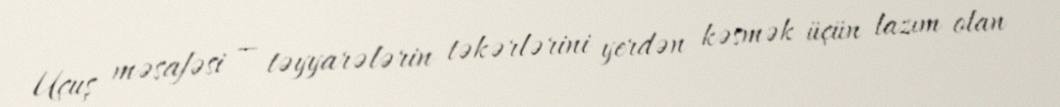
Uçuş məsafəsi — təyyarələrin təkərlərini yerdən kəsmək üçün lazım olan